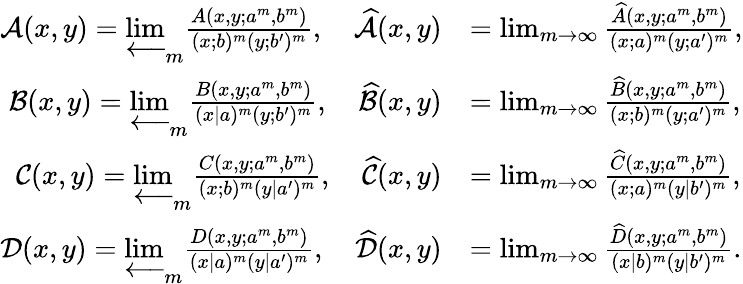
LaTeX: \begin{array}{rl}{\mathcal{A}(x,y)=\varprojlim_{m}\frac{A(x,y;a^{m},b^{m})}{(x;b)^{m}(y;b^{\prime})^{m}},\quad\widehat{\mathcal{A}}(x,y)}&{=\operatorname*{lim}_{m\to\infty}\frac{\widehat{A}(x,y;a^{m},b^{m})}{(x;a)^{m}(y;a^{\prime})^{m}},}\\ {\mathcal{B}(x,y)=\varprojlim_{m}\frac{B(x,y;a^{m},b^{m})}{(x|a)^{m}(y;b^{\prime})^{m}},\quad\widehat{\mathcal{B}}(x,y)}&{=\operatorname*{lim}_{m\to\infty}\frac{\widehat{B}(x,y;a^{m},b^{m})}{(x;b)^{m}(y;a^{\prime})^{m}},}\\ {\mathcal{C}(x,y)=\varprojlim_{m}\frac{C(x,y;a^{m},b^{m})}{(x;b)^{m}(y|a^{\prime})^{m}},\quad\widehat{\mathcal{C}}(x,y)}&{=\operatorname*{lim}_{m\to\infty}\frac{\widehat{C}(x,y;a^{m},b^{m})}{(x;a)^{m}(y|b^{\prime})^{m}},}\\ {\mathcal{D}(x,y)=\varprojlim_{m}\frac{D(x,y;a^{m},b^{m})}{(x|a)^{m}(y|a^{\prime})^{m}},\quad\widehat{\mathcal{D}}(x,y)}&{=\operatorname*{lim}_{m\to\infty}\frac{\widehat{D}(x,y;a^{m},b^{m})}{(x|b)^{m}(y|b^{\prime})^{m}}.}\end{array}